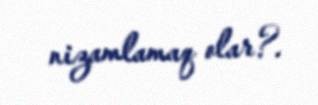
nizamlamaq olar?.